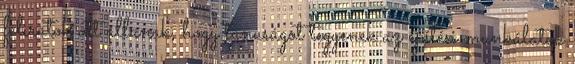
feliratok ott állanak, hogy tanuságot tegyenek az építési munkálatok